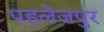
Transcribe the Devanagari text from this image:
पहलेजपुर